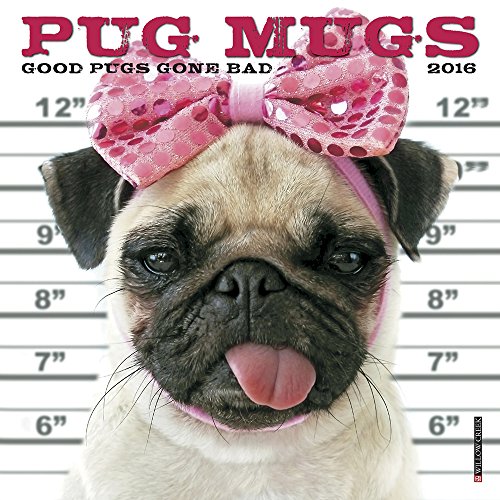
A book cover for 2016 Pug Mugs Mini Wall Calendar; Willow Creek Press; Calendars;